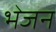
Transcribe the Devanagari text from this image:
भेजन